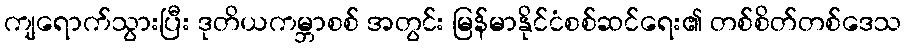
ကျရောက်သွားပြီး ဒုတိယကမ္ဘာစစ် အတွင်း မြန်မာနိုင်ငံစစ်ဆင်ရေး၏ တစ်စိတ်တစ်ဒေသ